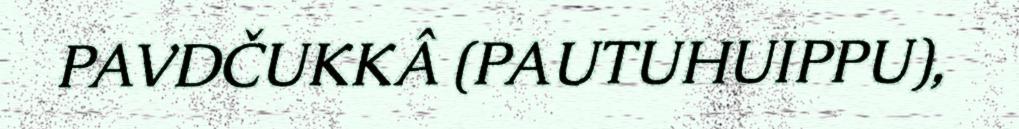
PAVDČUKKÂ (PAUTUHUIPPU),